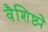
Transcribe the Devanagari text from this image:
वैशिष्ट्येेे